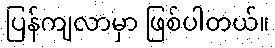
ပြန်ကျလာမှာ ဖြစ်ပါတယ်။